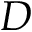
D